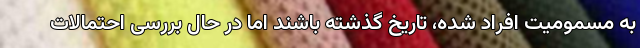
به مسمومیت افراد شده، تاریخ گذشته باشند اما در حال بررسی احتمالات